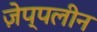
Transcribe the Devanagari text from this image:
ज़ेप्पलीन